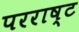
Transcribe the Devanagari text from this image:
परराष्ट